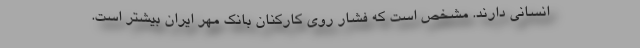
انسانی دارند. مشخص است که فشار روی کارکنان بانک مهر ایران بیشتر است.